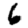
Digit: 6